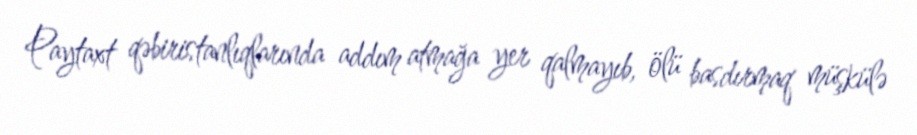
Paytaxt qəbiristanlıqlarında addım atmağa yer qalmayıb, ölü basdırmaq müşkülə